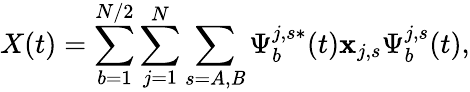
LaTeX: X(t)=\sum_{b=1}^{N/2}\sum_{j=1}^{N}\sum_{s=A,\mathit{B}}\Psi_{b}^{j,s*}(t)\mathbf{x}_{j,s}\Psi_{b}^{j,s}(t),